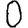
Digit: 0